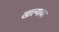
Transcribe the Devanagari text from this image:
खाल्यावर